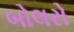
બોલરો